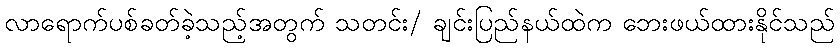
လာရောက်ပစ်ခတ်ခဲ့သည့်အတွက် သတင်း/ ချင်းပြည်နယ်ထဲက ဘေးဖယ်ထားနိုင်သည်